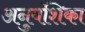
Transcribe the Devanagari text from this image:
अनुवंशिका